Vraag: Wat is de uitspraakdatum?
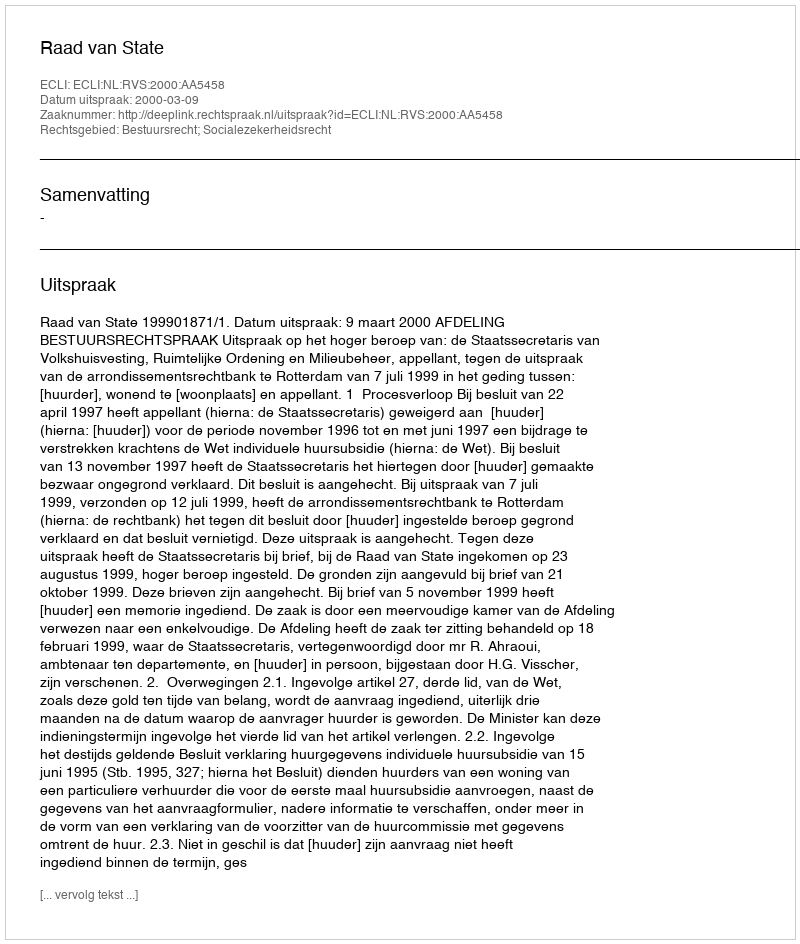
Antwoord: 2000-03-09